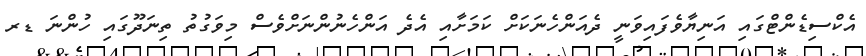
އެކްސިޑެންޓްގައި އަނިޔާވެފައިވަނީ ދެއަންހެނަކަށް ކަމަށާއި އެދެ އަންހެނުންނަށްވެސް މިވަގުތު ތިނަދޫގައި ހުންނަ ޑރ